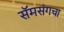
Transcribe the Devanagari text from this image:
सॅमसंगचा